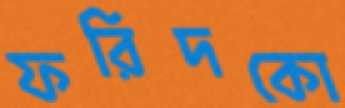
ফরিদকো